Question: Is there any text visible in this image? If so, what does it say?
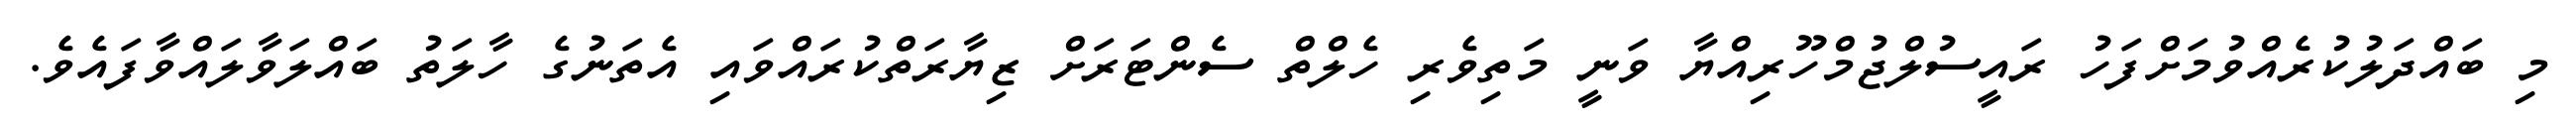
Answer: މި ބައްދަލުކުރެއްވުމަށްފަހު ރައީސުލްޖުމްހޫރިއްޔާ ވަނީ މަތިވެރި ހެލްތް ސެންޓަރަށް ޒިޔާރަތްކުރައްވައި އެތަނުގެ ހާލަތު ބައްލަވާލައްވާފައެވެ.